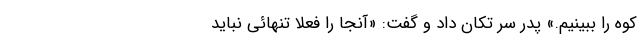
کوه را ببینیم.» پدر سر تکان داد و گفت: «آنجا را فعلا تنهائی نباید